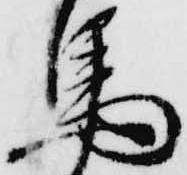
馬